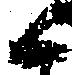
く